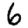
Digit: 6